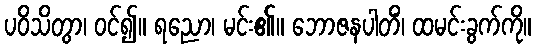
ပဝိသိတွာ၊ ဝင်၍။ ရညော၊ မင်း၏။ ဘောဇနပါတိံ၊ ထမင်းခွက်ကို။